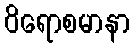
ဝိရောစမာနာ